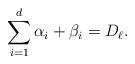
LaTeX: \begin{align*} \sum_{i=1}^d \alpha_i+\beta_i = D_\ell. \end{align*}